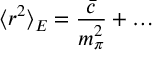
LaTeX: \langle r ^ { 2 } \rangle _ { E } = \frac { \bar { c } } { m _ { \pi } ^ { 2 } } + \dots